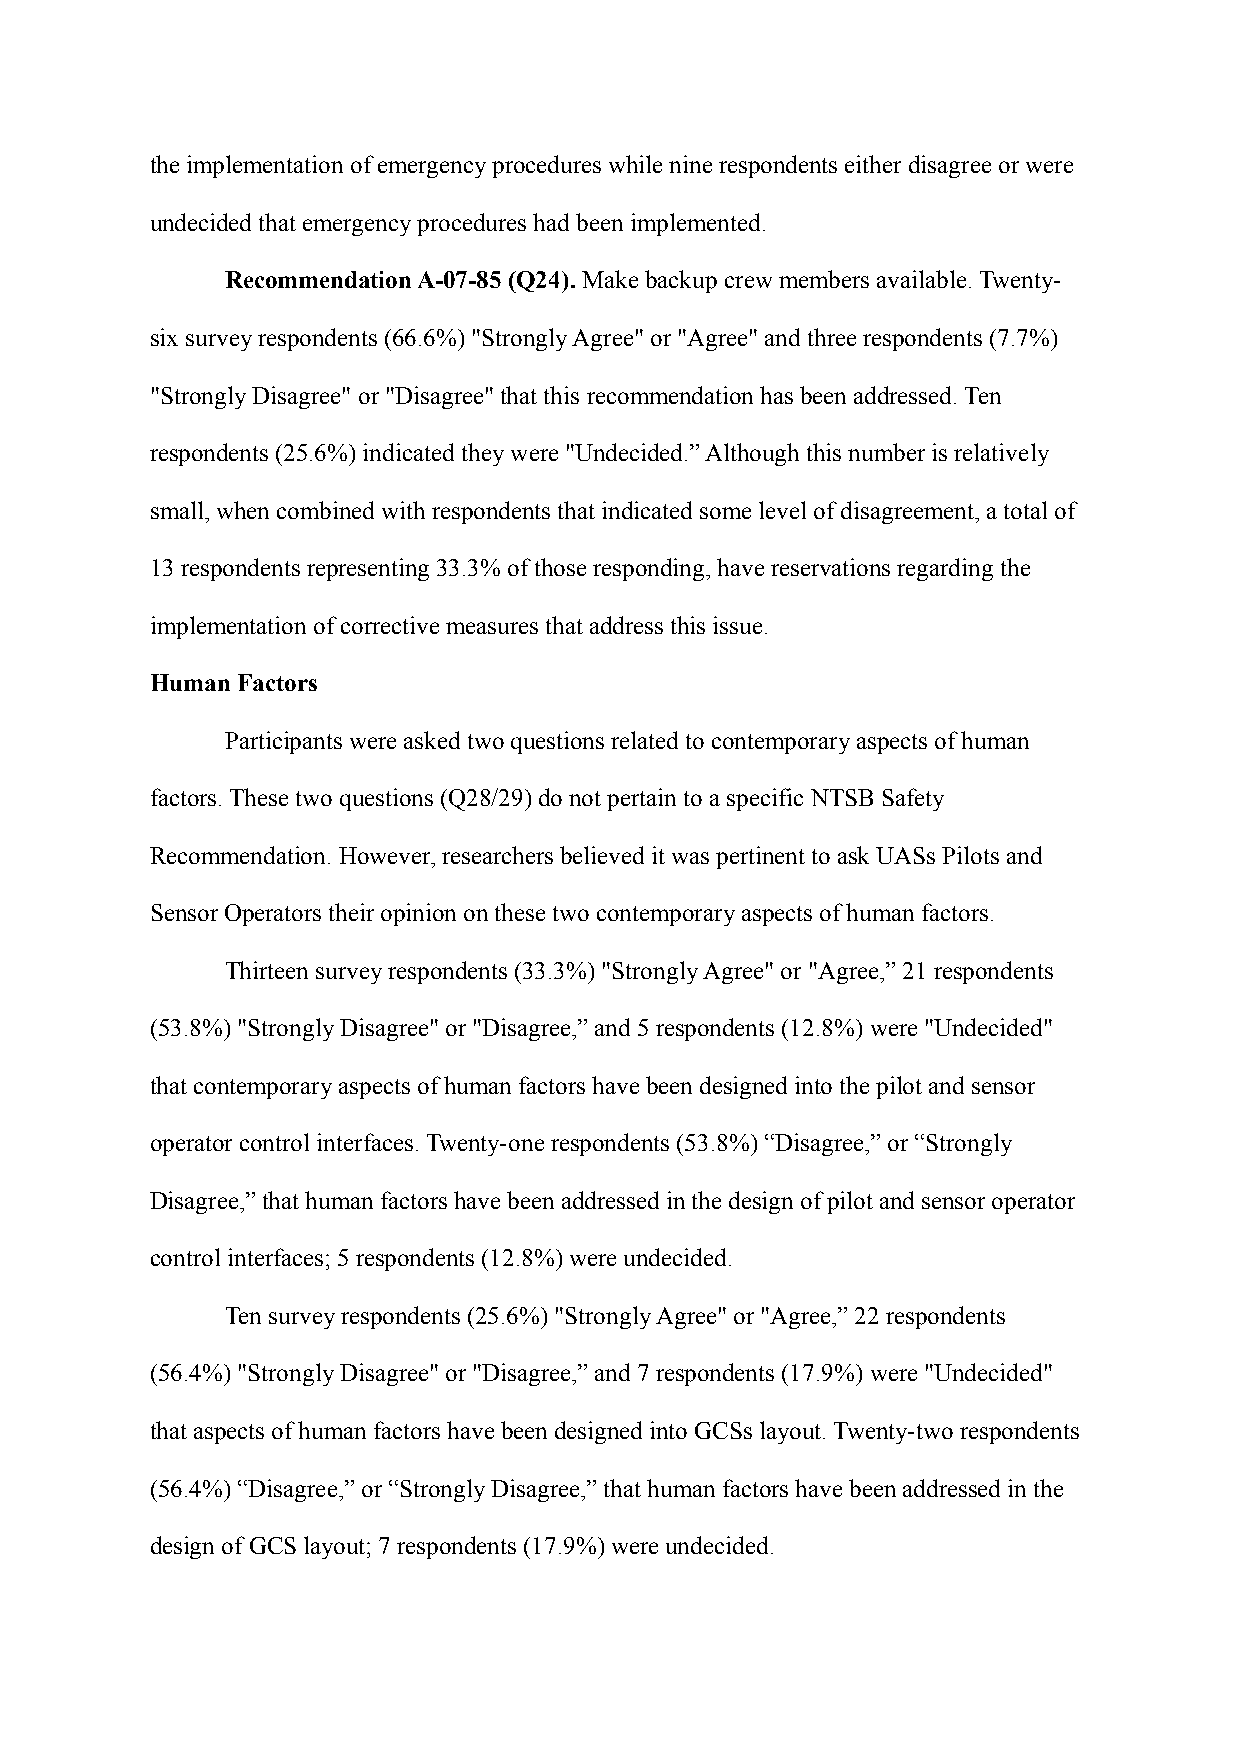
the implementation of emergency procedures while nine respondents either disagree or were
 undecided that emergency procedures had been implemented.
 Recommendation A-07-85 (Q24). Make backup crew members available. Twenty-
 six survey respondents (66.6%) "Strongly Agree" or "Agree" and three respondents (7.7%)
 "Strongly Disagree" or "Disagree" that this recommendation has been addressed. Ten
 respondents (25.6%) indicated they were "Undecided.” Although this number is relatively
 small, when combined with respondents that indicated some level of disagreement, a total of
 13 respondents representing 33.3% of those responding, have reservations regarding the
 implementation of corrective measures that address this issue.
 Human Factors
 Participants were asked two questions related to contemporary aspects of human
 factors. These two questions (Q28/29) do not pertain to a specific NTSB Safety
 Recommendation. However, researchers believed it was pertinent to ask UASs Pilots and
 Sensor Operators their opinion on these two contemporary aspects of human factors.
 Thirteen survey respondents (33.3%) "Strongly Agree" or "Agree,” 21 respondents
 (53.8%) "Strongly Disagree" or "Disagree,” and 5 respondents (12.8%) were "Undecided"
 that contemporary aspects of human factors have been designed into the pilot and sensor
 operator control interfaces. Twenty-one respondents (53.8%) “Disagree,” or “Strongly
 Disagree,” that human factors have been addressed in the design of pilot and sensor operator
 control interfaces; 5 respondents (12.8%) were undecided.
 Ten survey respondents (25.6%) "Strongly Agree" or "Agree,” 22 respondents
 (56.4%) "Strongly Disagree" or "Disagree,” and 7 respondents (17.9%) were "Undecided"
 that aspects of human factors have been designed into GCSs layout. Twenty-two respondents
 (56.4%) “Disagree,” or “Strongly Disagree,” that human factors have been addressed in the
 design of GCS layout; 7 respondents (17.9%) were undecided.